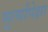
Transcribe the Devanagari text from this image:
मूर्त्यांपेक्षा